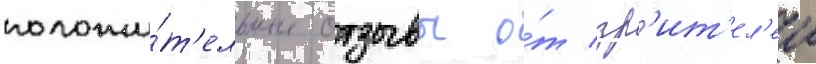
положи́т'ельные отзывы о́т зр'ит'ел'еи